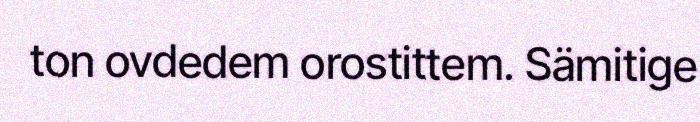
ton ovdedem orostittem. Sämitige